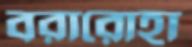
বরারোহা